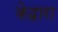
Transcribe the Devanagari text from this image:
केद्वारा